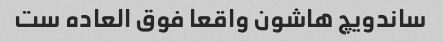
ساندویچ هاشون واقعا فوق العاده ست